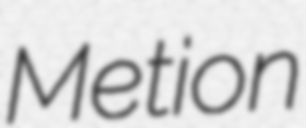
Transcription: Metion